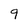
Character: 9